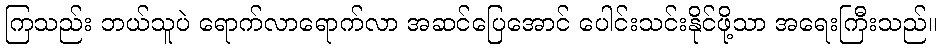
ကြသည်း ဘယ်သူပဲ ရောက်လာရောက်လာ အဆင်ပြေအောင် ပေါင်းသင်းနိုင်ဖို့သာ အရေးကြီးသည်။